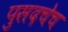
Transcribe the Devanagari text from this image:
पुसदचेच